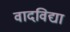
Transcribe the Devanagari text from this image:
वादविद्या